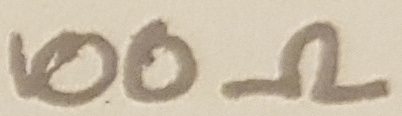
Text: 100Ω